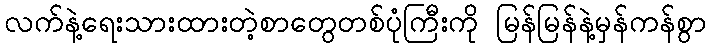
လက်နဲ့ရေးသားထားတဲ့စာတွေတစ်ပုံကြီးကို မြန်မြန်နဲ့မှန်ကန်စွာ